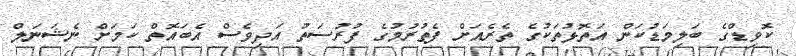
ކޮވިޑްގެ ބަލިމަޑުކަން އަތޮޅުތަކުގެ ތެރެއަށް ފެތުރުމުގެ ފުރުސަތު އަދިވެސް އެބައޮތް ކަމަށް ނެޝަނަލް